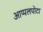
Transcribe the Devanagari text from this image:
आप्पलपोटा